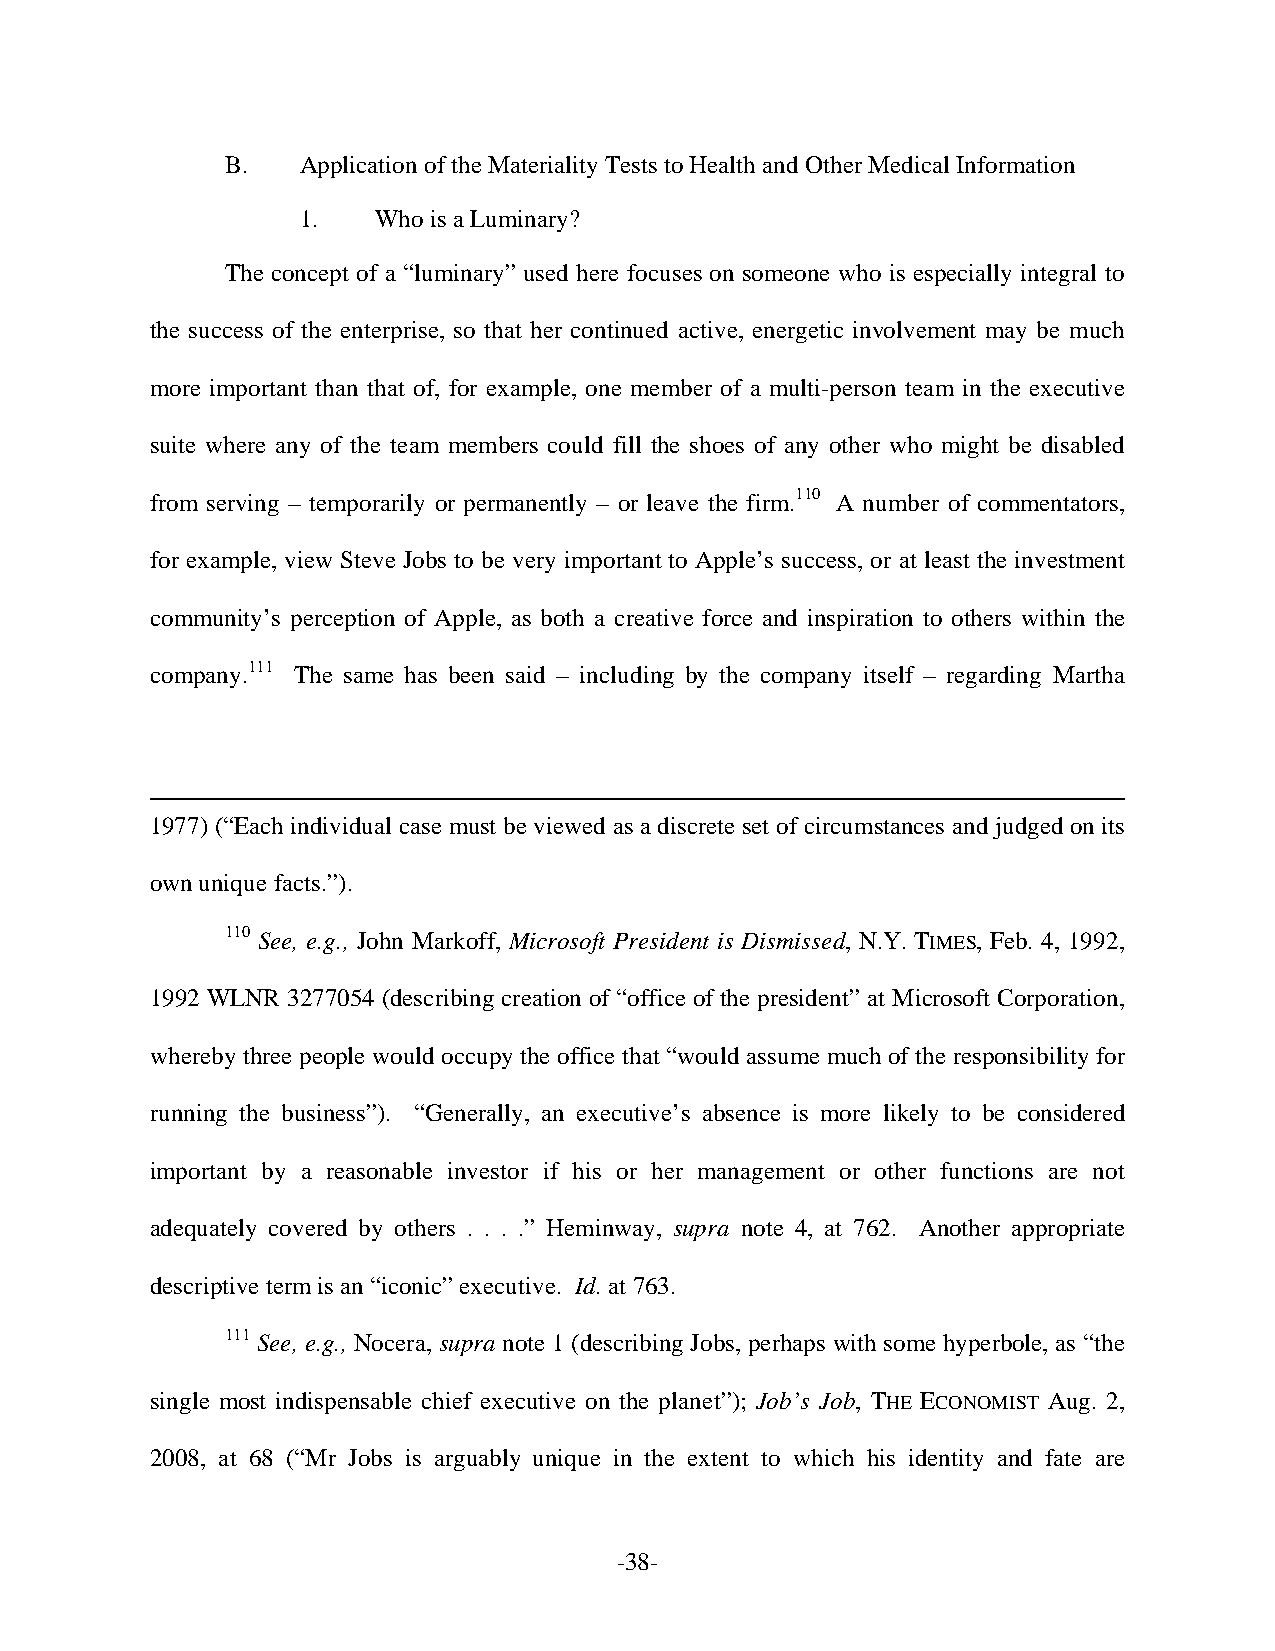
B.   Application of the Materiality Tests to Health and Other Medical Information
 1.   Who is a Luminary?
 The concept of a “luminary” used here focuses on someone who is especially integral to
 the success of the enterprise, so that her continued active, energetic involvement may be much
 more important than that of, for example, one member of a multi-person team in the executive
 suite where any of the team members could fill the shoes of any other who might be disabled
 from serving – temporarily or permanently – or leave the firm.110 A number of commentators,
 for example, view Steve Jobs to be very important to Apple’s success, or at least the investment
 community’s perception of Apple, as both a creative force and inspiration to others within the
 company.111 The same has been said – including by the company itself – regarding Martha
 1977) (“Each individual case must be viewed as a discrete set of circumstances and judged on its
 own unique facts.”).
 110 See, e.g., John Markoff, Microsoft President is Dismissed, N.Y. TIMES, Feb. 4, 1992,
 1992 WLNR 3277054 (describing creation of “office of the president” at Microsoft Corporation,
 whereby three people would occupy the office that “would assume much of the responsibility for
 running the business”). “Generally, an executive’s absence is more likely to be considered
 important by a reasonable investor if his or her management or other functions are not
 adequately covered by others . . . .” Heminway, supra note 4, at 762. Another appropriate
 descriptive term is an “iconic” executive. Id. at 763.
 111 See, e.g., Nocera, supra note 1 (describing Jobs, perhaps with some hyperbole, as “the
 single most indispensable chief executive on the planet”); Job’s Job, THE ECONOMIST Aug. 2,
 2008, at 68 (“Mr Jobs is arguably unique in the extent to which his identity and fate are
 -38-